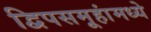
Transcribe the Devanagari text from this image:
द्विपसमूहांमध्ये